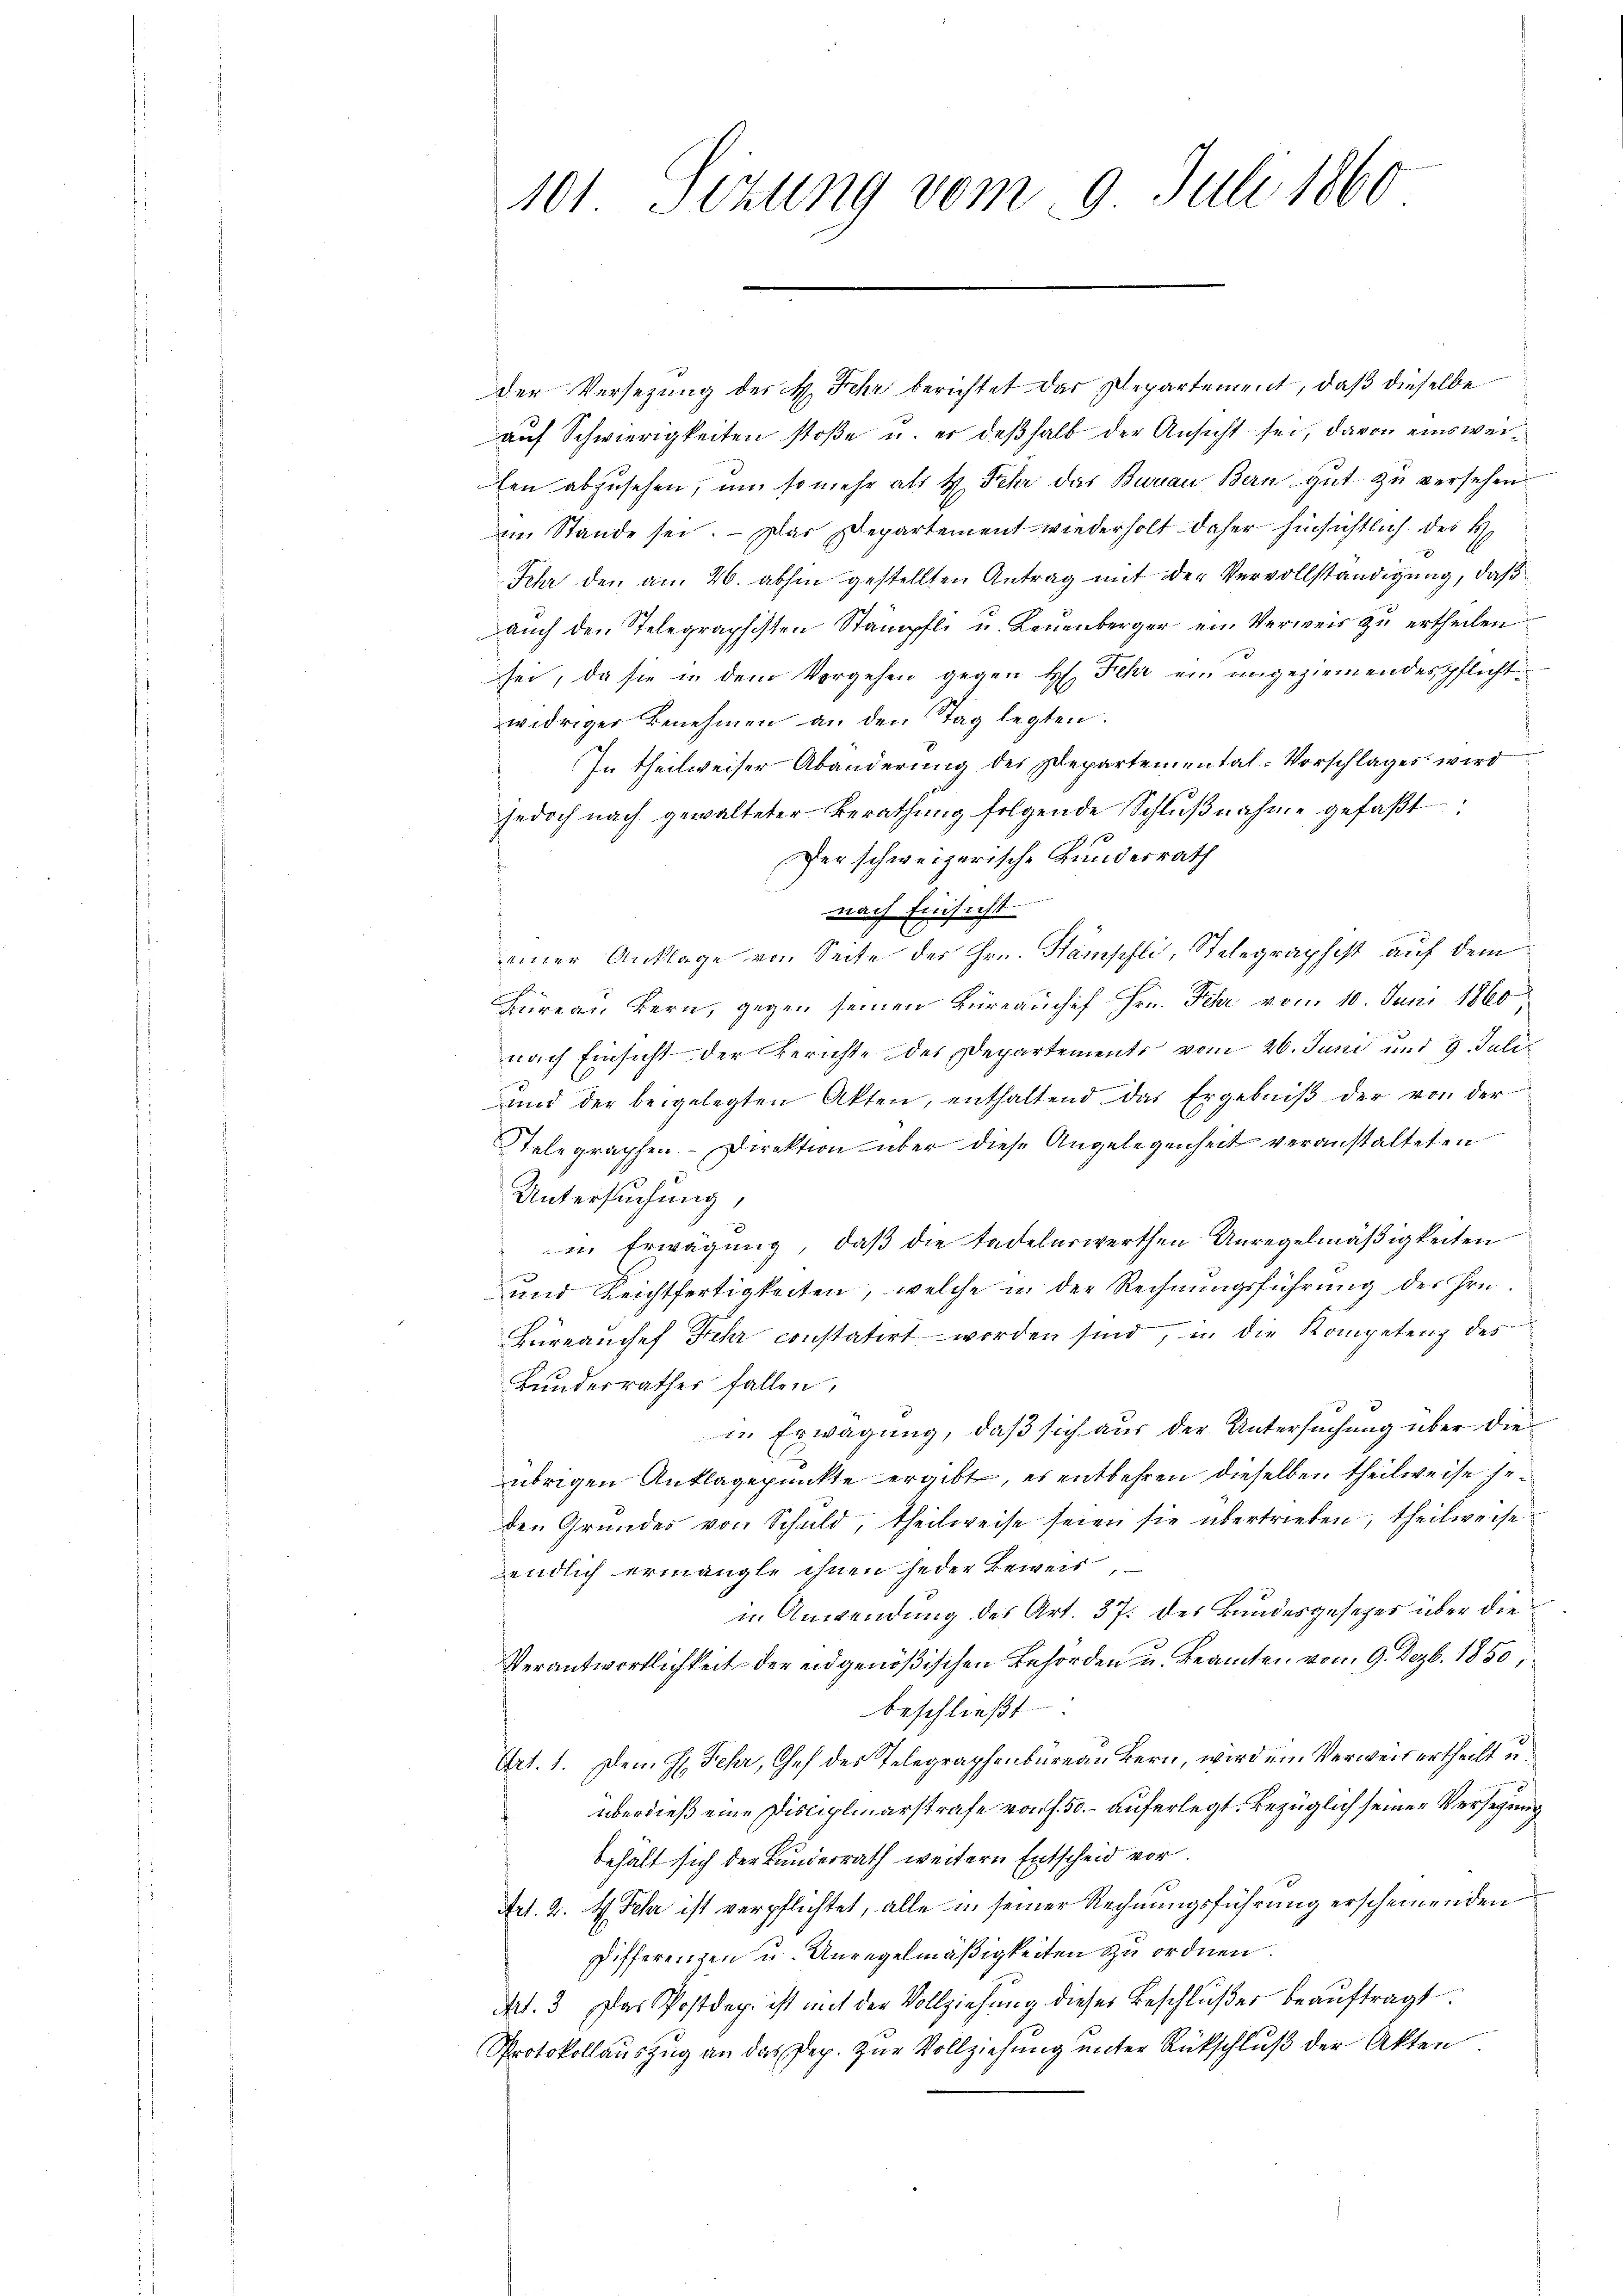
der Versezung des H. Sehr berichtet das Departement, daß dieselbe
auf Schwierigkeiten stoße u. er deßhalb der Ansicht sei, davon einsweiten abzusehen, um so mehr als H. Fehr das Bureau Bern gut zu versehen
in Stande sei. Das Departement wiederholt daher hinsichtlich des H
Sehr den am 26. abhin gestellten Antrag mit der Vervollständigung, daß
auch den Telegraphisten Stämpfli u. Leuenberger ein Verweis zu ertheilen.
sei, da sie in dem Vorgehen gegen H. Fehr ein angeziemendespflichtwidriger Benehmen an den Tag legten.
In theilweiser Abänderung des Departemental-Vorschlages wird
jedoch nach gewalteter Berathung folgende Schlŭβnahme gefaßt:
Der schweizerische Bundesrath
nach Einsicht
einer Anklage von Seite der Hrn. Hämschli, Telegraphist auf dem
Hüreau Bern, gegen seinen Büreauchef Hrn. Fehr vom 10. Juni 1860,
nach Einsicht der Berichte des Departements vom 26. Juni und 9. Juli
und der beigelegten Akten, enthaltend das Ergebniß der von der
Stelegraphen- Direktion über diese Angelegenheit veranstalteten
Untersuchung,
i. Erwägung, daß die tadelnswerthen Unregelmäßigkeiten
und Reichtfertigkeiten, welche in der Rechnungsführung des Hrn.
Büreanchef Fehr constatirt worden sind, u. die Kompetenz des
Bundesrathes fallen,
in Erwägung, daß sich aus der Untersuchung über die
übrigen Anklagepunkte ergibt, es entbehren dieselben theilweise her
den Grundes von Schuld, theilweise seien sie übertrieben, theilweise
endlich ermangle ihnen jeder Beweis,
in Anwendung des Art. 37. des Bundesgesetzes über die
Verantwortlichkeit der eidgenößischen Behörden u. Beamten vom 9. Dezbr. 1850,
beschließt
Art. 1. Dem H. Fehr, Chef des Telegraphenbüreau Bern, wird ein Verweitertheilt u.
überdieß eine Disciplinarstrafe von f. 50. auferlegt. Bezüglich seinen Versezung
behält sich der Bundesrath weitern Entscheid vor.
Art. 2. 4. Fehr ist verpflichtet, alle in seiner Rechnungsführung erscheinenden
Differenzen u. Unregelmäßigkeiten zu ordnen.
Art. 3. Das Postdep. ist mit der Vollziehung dieses Beschlußer beauftragt
Protokollauszug an das Dep. zur Vollziehung unter Rückschluß der Akten.

101. Sizung vom 9. Juli 1860